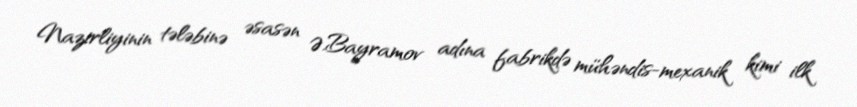
Nazirliyinin tələbinə əsasən Ə.Bayramov adına fabrikdə mühəndis-mexanik kimi ilk